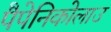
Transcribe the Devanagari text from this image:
पैपेनिकोलाउ